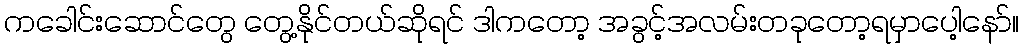
ကခေါင်းဆောင်တွေ တွေ့နိုင်တယ်ဆိုရင် ဒါကတော့ အခွင့်အလမ်းတခုတော့ရမှာပေါ့နော်။